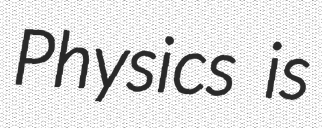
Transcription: Physics is